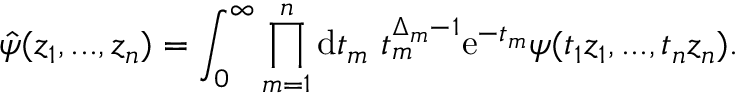
\hat { \psi } ( z _ { 1 } , . . . , z _ { n } ) = \int _ { 0 } ^ { \infty } \prod _ { m = 1 } ^ { n } \mathrm { d } t _ { m } \ t _ { m } ^ { \Delta _ { m } - 1 } \mathrm { e } ^ { - t _ { m } } \psi ( t _ { 1 } z _ { 1 } , . . . , t _ { n } z _ { n } ) .